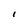
Character: I